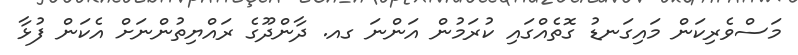
މަސްވެރިކަން މައިގަނޑު ގޮތެއްގައި ކުރަމުން އަންނަ ގއ. ދާންދޫގެ ރައްޔިތުންނަށް އެކަން ފުޅާ